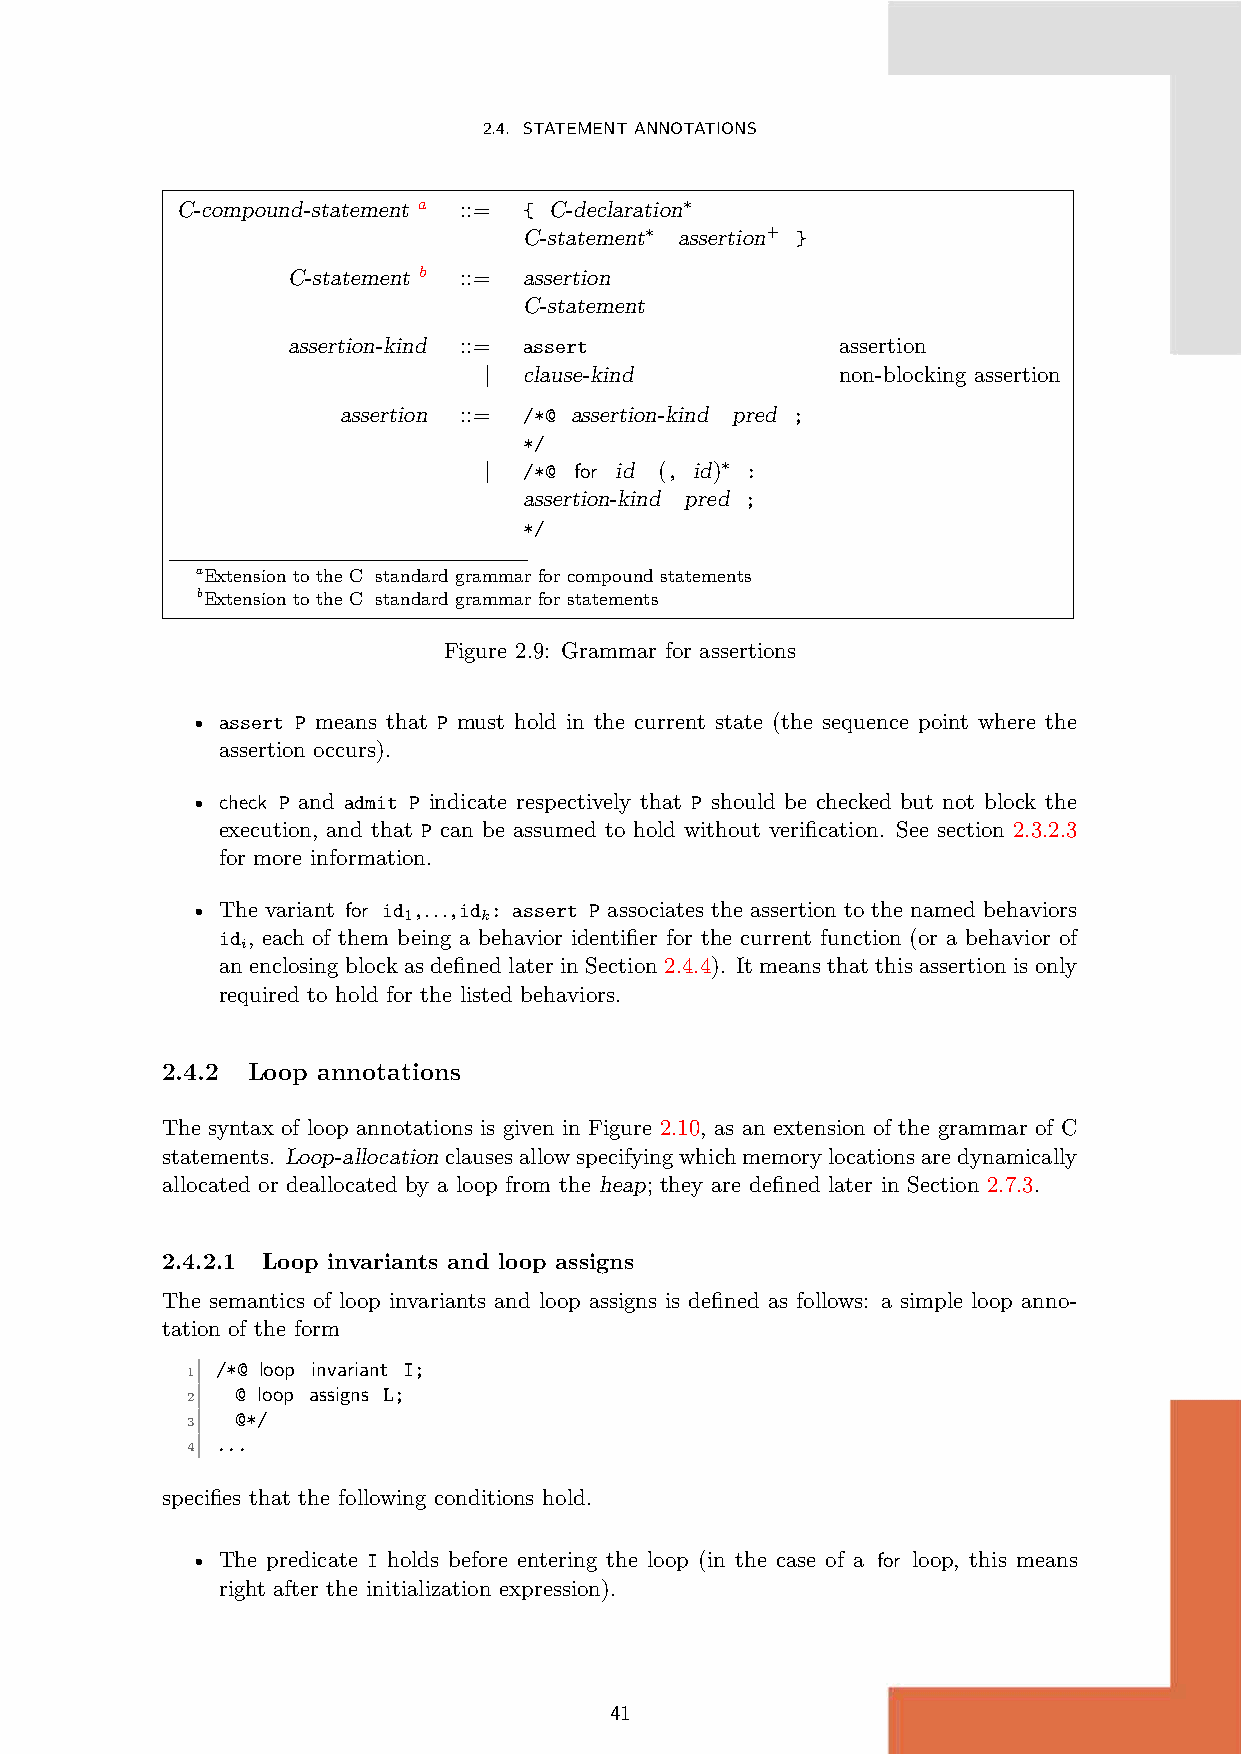
2.4. STATEMENTANNOTATIONS
 C-compound-statement a ::= { C-declaration∗
 C-statement∗ assertion+ }
 C-statement b ::= assertion
 C-statement
 assertion-kind ::= assert            assertion
 |  clause-kind          non-blocking assertion
 assertion ::= /*@ assertion-kind pred ;
 */
 |  /*@ for id (, id)∗ :
 assertion-kind pred ;
 */
 aExtension to the C standard grammar for compound statements
 bExtension to the C standard grammar for statements
 Figure 2.9: Grammar for assertions
 • assert P means that P must hold in the current state (the sequence point where the
 assertion occurs).
 • check P and admit P indicate respectively that P should be checked but not block the
 execution, and that P can be assumed to hold without verification. See section 2.3.2.3
 for more information.
 • The variant for id ,...,id : assert P associates the assertion to the named behaviors
 1    k
 id , each of them being a behavior identifier for the current function (or a behavior of
 i
 an enclosing block as defined later in Section 2.4.4). It means that this assertion is only
 required to hold for the listed behaviors.
 2.4.2 Loop annotations
 The syntax of loop annotations is given in Figure 2.10, as an extension of the grammar of C
 statements. Loop-allocationclausesallowspecifyingwhichmemorylocationsaredynamically
 allocated or deallocated by a loop from the heap; they are defined later in Section 2.7.3.
 2.4.2.1 Loop invariants and loop assigns
 The semantics of loop invariants and loop assigns is defined as follows: a simple loop anno-
 tation of the form
 /*@ loop invariant I;
 1
 @ loop assigns L;
 2
 @*/
 3
 ...
 4
 specifies that the following conditions hold.
 • The predicate I holds before entering the loop (in the case of a for loop, this means
 right after the initialization expression).
 41